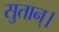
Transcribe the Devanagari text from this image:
सुतान्।